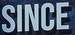
SINCE